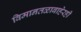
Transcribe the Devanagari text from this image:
विमानतळाबाहेरही